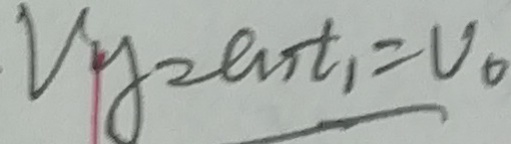
V _ { y } = a _ { 1 } t _ { 1 } = V _ { 0 }